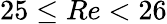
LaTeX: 25\leq Re<26